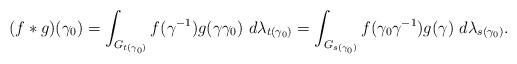
LaTeX: \begin{align*}(f*g)(\gamma_0) = \int_{G_{t(\gamma_0)}} f( \gamma^{-1}) g (\gamma \gamma_0) \ d\lambda_{t(\gamma_0)} = \int_{G_{s(\gamma_0)}} f( \gamma_0\gamma^{-1}) g (\gamma) \ d\lambda_{s(\gamma_0)}.\end{align*}